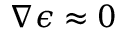
\nabla \epsilon \approx 0